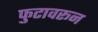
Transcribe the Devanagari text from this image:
फुटावरून